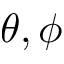
\theta , \phi